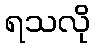
ရသလို